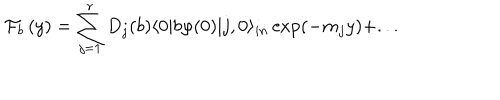
LaTeX: \mathcal { F } _ { b } \left( y \right) = \sum _ { j = 1 } ^ { r } D _ { j } ( b ) \langle 0 | b \varphi ( 0 ) | j , 0 \rangle _ { i n } \exp ( - m _ { j } y ) + . . .